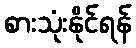
စားသုံးနိုင်ရန်